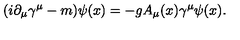
( i \partial _ { \mu } \gamma ^ { \mu } - m ) \psi ( x ) = - g A _ { \mu } ( x ) \gamma ^ { \mu } \psi ( x ) .